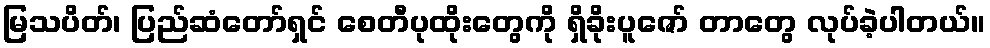
မြသပိတ်၊ ပြည်ဆံတော်ရှင် စေတီပုထိုးတွေကို ရှိခိုးပူဇော် တာတွေ လုပ်ခဲ့ပါတယ်။